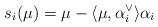
\begin{align*} s_i(\mu) = \mu - \langle \mu, \alpha_i^\vee \rangle \alpha_i\end{align*}